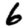
Digit: 6